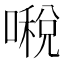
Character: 𠾔